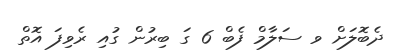
ދެބޮލަށް ވ ސަލާމް ފެބް 6 ގަ ބިރުން ގުއި ރެވިފަ އޮތް